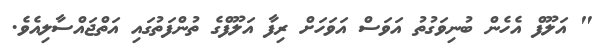
" އަލޫފް އެހެން ބުނިވަގުތު އަވަސް އަވަހަށް ރިފާ އަލޫފްގެ ތުންފަތުގައި އަތްޖައްސާލިއެވެ.